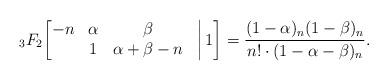
LaTeX: \begin{align*}{}_3F_2\bigg[\begin{matrix}-n&\alpha&\beta&\\&1&\alpha+\beta-n\end{matrix}\bigg|\,1\bigg]=\frac{(1-\alpha)_n(1-\beta)_n}{n!\cdot (1-\alpha-\beta)_n}.\end{align*}